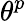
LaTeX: \theta^{p}